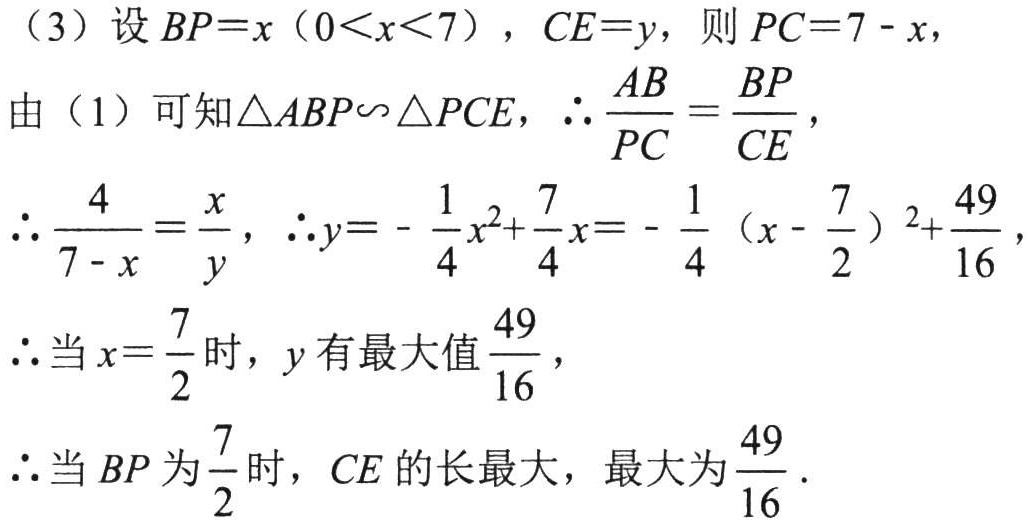
（3）设\(BP = x\ (0<x<7)\)，\(CE = y\)，则\(PC = 7 - x\)，
由（1）可知\(\triangle ABP\backsim\triangle PCE\)，\(\therefore\frac{AB}{PC}=\frac{BP}{CE}\)，
\(\therefore\frac{4}{7 - x}=\frac{x}{y}\)，\(\therefore y =-\frac{1}{4}x^{2}+\frac{7}{4}x=-\frac{1}{4}(x - \frac{7}{2})^{2}+\frac{49}{16}\)，
\(\therefore\)当\(x = \frac{7}{2}\)时，\(y\)有最大值\(\frac{49}{16}\)，
\(\therefore\)当\(BP\)为\(\frac{7}{2}\)时，\(CE\)的长最大，最大为\(\frac{49}{16}\)．